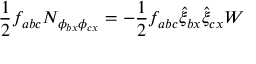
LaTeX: \frac { 1 } { 2 } f _ { a b c } N _ { \phi _ { b x } \phi _ { c x } } = - \frac { 1 } { 2 } f _ { a b c } \hat { \xi } _ { b x } \hat { \xi } _ { c x } W